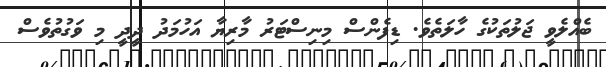
ބެއްލެވީ ޖަލުތަކުގެ ހާލަތެެވެ. ޑިފެންސް މިނިސްޓަރު މާރިޔާ އަހުމަދު ދީދީ މި ވަގުތުވެސް